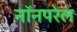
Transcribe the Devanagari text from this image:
नॉनपरेल